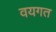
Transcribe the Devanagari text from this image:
वयगत